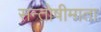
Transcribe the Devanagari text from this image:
सन्तोषीमाता